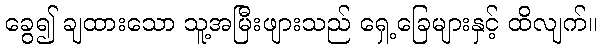
ခွေ၍ ချထားသော သူ့အမြီးဖျားသည် ရှေ့ခြေများနှင့် ထိလျက်။